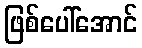
ဖြစ်ပေါ်အောင်